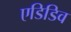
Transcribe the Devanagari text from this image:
एडिडिव